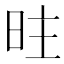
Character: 𱡽